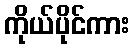
ကိုယ်ပိုင်ကား